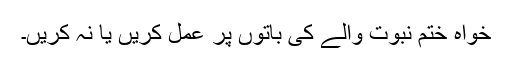
خواہ ختم نبوت والے کی باتوں پر عمل کریں یا نہ کریں۔